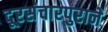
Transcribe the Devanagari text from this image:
दूरसंचारपुराने